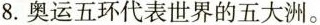
8.奥运五环代表世界的五大洲。